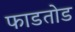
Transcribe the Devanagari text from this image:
फाडतोड